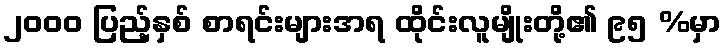
၂၀၀၀ ပြည့်နှစ် စာရင်းများအရ ထိုင်းလူမျိုးတို့၏ ၉၅ %မှာ